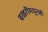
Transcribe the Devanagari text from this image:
बखरींमधूनही